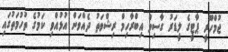
ޖުމްހޫރީ ޕާޓީގެ ލީޑަރު ގާސިމް އިބްރާހިމް ރިޝްވަތު ދެއްވަން އުޅުއްވި ކަމުގެ ތުހުމަތުގައި